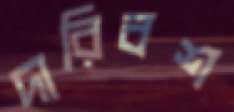
দারিবশ